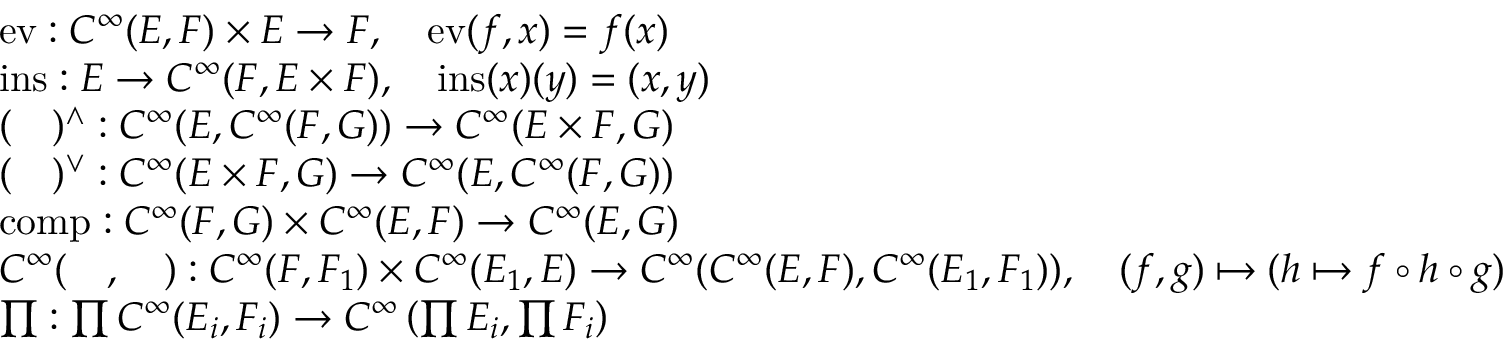
{ \begin{array} { r l } & { \operatorname { e v } : C ^ { \infty } ( E , F ) \times E \to F , \quad { \mathrm { e v } } ( f , x ) = f ( x ) } \\ & { \operatorname { i n s } : E \to C ^ { \infty } ( F , E \times F ) , \quad { \mathrm { i n s } } ( x ) ( y ) = ( x , y ) } \\ & { ( \quad ) ^ { \wedge } : C ^ { \infty } ( E , C ^ { \infty } ( F , G ) ) \to C ^ { \infty } ( E \times F , G ) } \\ & { ( \quad ) ^ { \vee } : C ^ { \infty } ( E \times F , G ) \to C ^ { \infty } ( E , C ^ { \infty } ( F , G ) ) } \\ & { \operatorname { c o m p } : C ^ { \infty } ( F , G ) \times C ^ { \infty } ( E , F ) \to C ^ { \infty } ( E , G ) } \\ & { C ^ { \infty } ( \quad , \quad ) : C ^ { \infty } ( F , F _ { 1 } ) \times C ^ { \infty } ( E _ { 1 } , E ) \to C ^ { \infty } ( C ^ { \infty } ( E , F ) , C ^ { \infty } ( E _ { 1 } , F _ { 1 } ) ) , \quad ( f , g ) \mapsto ( h \mapsto f \circ h \circ g ) } \\ & { \prod : \prod C ^ { \infty } ( E _ { i } , F _ { i } ) \to C ^ { \infty } \left( \prod E _ { i } , \prod F _ { i } \right) } \end{array} }